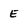
Character: E